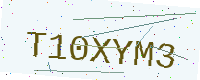
Text: T10XYM3